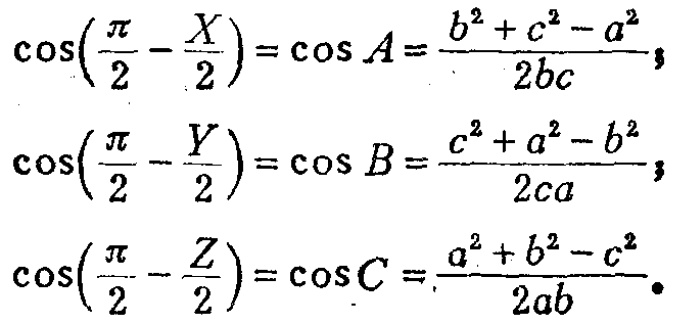
\[\begin{align*}

\cos\left(\frac{\pi}{2}-\frac{X}{2}\right)&=\cos A=\frac{b^{2}+c^{2}-a^{2}}{2bc}\\

\cos\left(\frac{\pi}{2}-\frac{Y}{2}\right)&=\cos B=\frac{c^{2}+a^{2}-b^{2}}{2ca}\\

\cos\left(\frac{\pi}{2}-\frac{Z}{2}\right)&=\cos C=\frac{a^{2}+b^{2}-c^{2}}{2ab}

\end{align*}\]